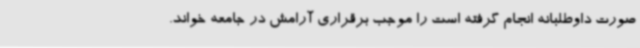
صورت داوطلبانه انجام گرفته است را موجب برقراری آرامش در جامعه خواند.